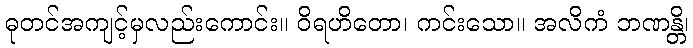
ဓုတင်အကျင့်မှလည်းကောင်း။ ဝိရဟိတော၊ ကင်းသော။ အလိကံ ဘဏန္တိ၊